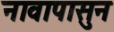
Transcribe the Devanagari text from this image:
नावापासुन